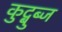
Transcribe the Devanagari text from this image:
कुद्बुब्ज